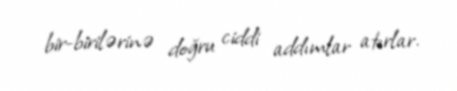
bir-birilərinə doğru ciddi addımlar atırlar.